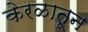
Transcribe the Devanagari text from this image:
केरळातून